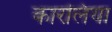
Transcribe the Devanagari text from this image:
कारलिया